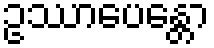
ဥဿာပေန္တော